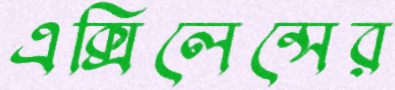
এক্সিলেন্সের